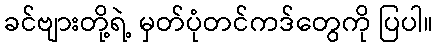
ခင်ဗျားတို့ရဲ့ မှတ်ပုံတင်ကဒ်တွေကို ပြပါ။